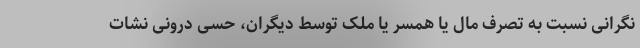
نگرانی نسبت به تصرف مال یا همسر یا ملک توسط دیگران، حسی درونی نشات